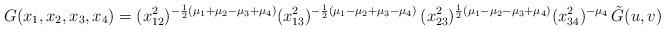
LaTeX: \begin{align*}G(x_1,x_2,x_3,x_4)= (x_{12}^2)^{-\frac{1}{2}(\mu_1+\mu_2-\mu_3+\mu_4)} (x_{13}^2)^{-\frac{1}{2}(\mu_1-\mu_2+\mu_3-\mu_4)}\,(x_{23}^2)^{\frac{1}{2}(\mu_1-\mu_2-\mu_3+\mu_4)} (x_{34}^2)^{-\mu_4}\, \tilde{G}(u,v)\end{align*}